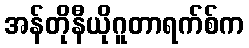
အန်တိုနီယိုဂူတာရက်စ်က